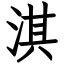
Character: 淇